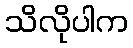
သိလိုပါက